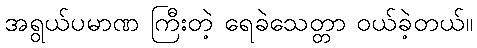
အရွယ်ပမာဏ ကြီးတဲ့ ရေခဲသေတ္တာ ဝယ်ခဲ့တယ်။